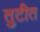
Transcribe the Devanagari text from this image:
तुटीत